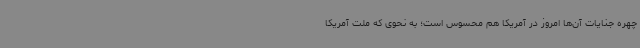
چهره جنایات آن‌ها امروز در آمریکا هم محسوس است؛ به نحوی که ملت آمریکا